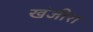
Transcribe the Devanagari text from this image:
खंजीरा